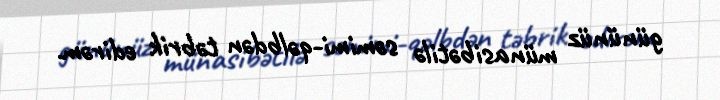
gününüz münasibətilə səmimi-qəlbdən təbrik edirəm.